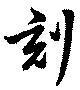
刻